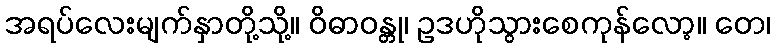
အရပ်လေးမျက်နှာတို့သို့။ ဝိဓာဝန္တု၊ ဥဒဟိုသွားစေကုန်လော့။ တေ၊